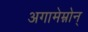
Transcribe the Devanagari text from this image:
अगामेम्नोन्